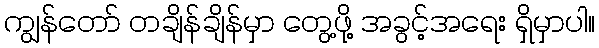
ကျွန်တော် တချိန်ချိန်မှာ တွေ့ဖို့ အခွင့်အရေး ရှိမှာပါ။